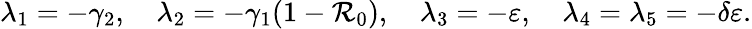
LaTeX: \lambda_{1}=-\gamma_{2},\quad\lambda_{2}=-\gamma_{1}(1-\mathcal{R}_{0}),\quad\lambda_{3}=-\varepsilon,\quad\lambda_{4}=\lambda_{5}=-\delta\varepsilon.